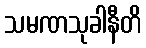
သမဏသုခါနီတိ